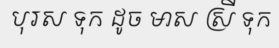
បុរស ទុក ដូច មាស ស្រី ទុក